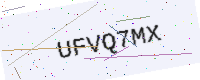
Text: UFVQ7MX